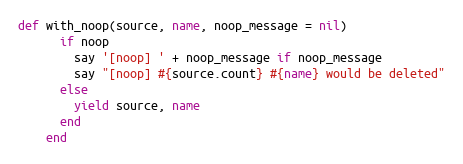
Language: Ruby
def with_noop(source, name, noop_message = nil)
      if noop
        say '[noop] ' + noop_message if noop_message
        say "[noop] #{source.count} #{name} would be deleted"
      else
        yield source, name
      end
    end